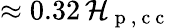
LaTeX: \approx0.32\, \mathcal{H}_{\mathrm{{~p~,~c~c~}}}